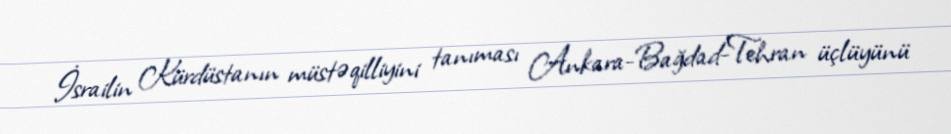
İsrailin Kürdüstanın müstəqilliyini tanıması Ankara-Bağdad-Tehran üçlüyünü